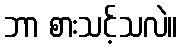
ဘာ စားသင့်သလဲ။